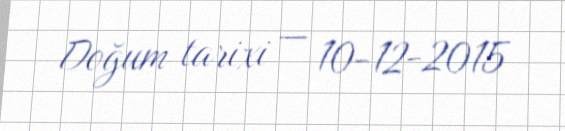
Doğum tarixi — 10-12-2015